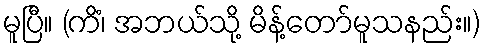
မူပြီ။ (ကိံ၊ အဘယ်သို့ မိန့်တော်မူသနည်း။)